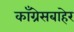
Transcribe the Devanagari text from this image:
काँग्रेसबाहेर